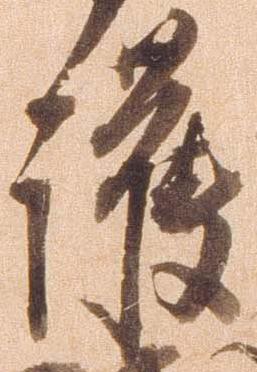
護